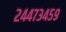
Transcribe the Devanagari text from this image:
२४४७३४५९